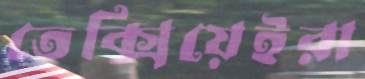
তেক্সিয়েইরা